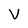
Character: V